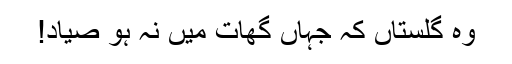
وہ گلستاں کہ جہاں گھات میں نہ ہو صیاد!